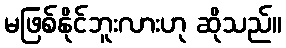
မဖြစ်နိုင်ဘူးလားဟု ဆိုသည်။